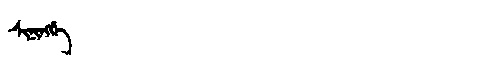
Manchu: ᠰᡳᠨᡳᠩᡤᡝ
Romanization: SININGGE